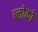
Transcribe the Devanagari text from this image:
ब्लोकों